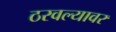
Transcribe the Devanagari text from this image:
ठरवल्यावर